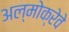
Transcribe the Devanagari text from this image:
अल्मोक्रेवे